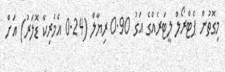
މިގޮތުން ޕެޓްރޯލް ލީޓަރެއްގެ އަގު 0.90 ރިޔާލް (0.24 އެމެރިކާ ޑޮލަރު) އަށް